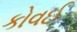
કોવઈ